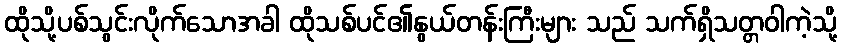
ထိုသို့ပစ်သွင်းလိုက်သောအခါ ထိုသစ်ပင်၏နွယ်တန်းကြီးများ သည် သက်ရှိသတ္တဝါကဲ့သို့